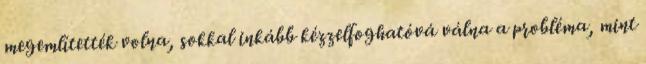
megemlítették volna, sokkal inkább kézzelfoghatóvá válna a probléma, mint